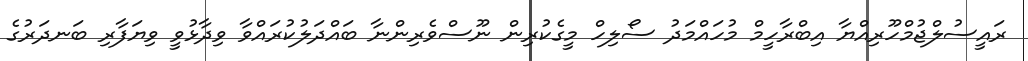
ރައީސުލްޖުމްހޫރިއްޔާ އިބްރާހީމް މުހައްމަދު ސޯލިހް މީގެކުރިން ނޫސްވެރިންނާ ބައްދަލުކުރައްވާ ވިދާޅުވީ ވިޔަފާރި ބަނދަރުގެ